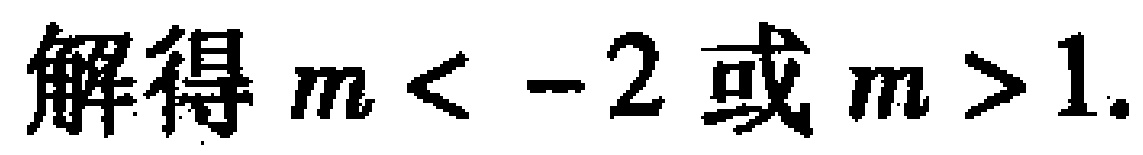
解得 \(m < -2\) 或 \(m > 1\).